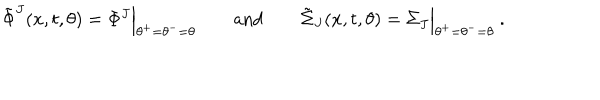
LaTeX: \tilde { \Phi } ^ { J } ( x , t , \theta ) = \Phi ^ { J } \Bigl \vert _ { \theta ^ { + } = \theta ^ { - } = \theta } \qquad \mathrm { a n d } \qquad \tilde { \Sigma } _ { J } ( x , t , \theta ) = \Sigma _ { J } \Bigl \vert _ { \theta ^ { + } = \theta ^ { - } = \theta } \ .